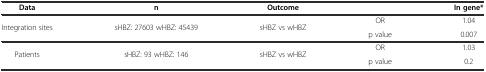
| Data | n | Outcome |  | In gene* |
 | --- | --- | --- | --- | --- |
 | <ROWSPAN=2> Integration sites | <ROWSPAN=2> sHBZ: 27603 wHBZ: 45439 | <ROWSPAN=2> sHBZ vs wHBZ | OR | 1.04 |
 | p value | 0.007 |
 | <ROWSPAN=2> Patients | <ROWSPAN=2> sHBZ: 93 wHBZ: 146 | <ROWSPAN=2> sHBZ vs wHBZ | OR | 1.03 |
 | p value | 0.2 |